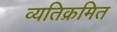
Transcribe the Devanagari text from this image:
व्यतिक्रमित